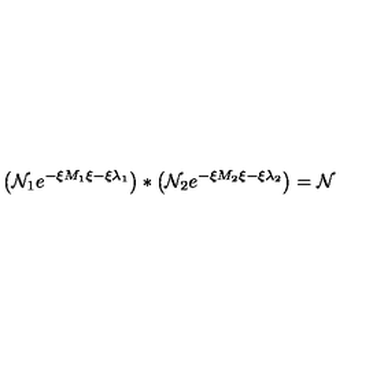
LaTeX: \left( \mathcal { N } _ { 1 } e ^ { - \xi M _ { 1 } \xi - \xi \lambda _ { 1 } } \right) * \left( \mathcal { N } _ { 2 } e ^ { - \xi M _ { 2 } \xi - \xi \lambda _ { 2 } } \right) = \mathcal { N }